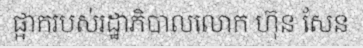
ផ្អាករបស់រដ្ឋាភិបាលលោក ហ៊ុន សែន